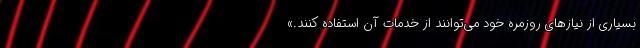
بسیاری از نیازهای روزمره خود می‌توانند از خدمات آن استفاده کنند.»